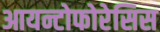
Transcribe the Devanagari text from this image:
आयन्टोफोरेसिस